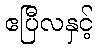
ဧပြီလနှင့်